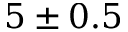
5 \pm 0 . 5